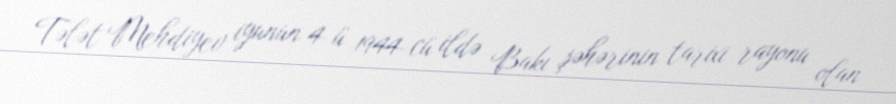
Tələt Mehdiyev iyunun 4-ü 1944-cü ildə Bakı şəhərinin tarixi rayonu olan